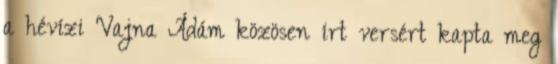
a hévízi Vajna Ádám közösen írt versért kapta meg